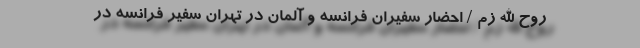
روح الله زم / احضار سفیران فرانسه و آلمان در تهران سفیر فرانسه در